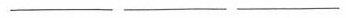
___ ___ ___